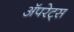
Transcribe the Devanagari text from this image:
अॅपरेट्स